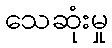
သေဆုံးမှု